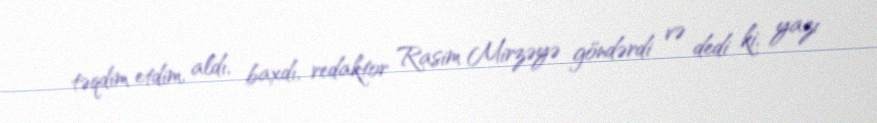
təqdim etdim, aldı, baxdı, redaktor Rasim Mirzəyə göndərdi və dedi ki, yazı